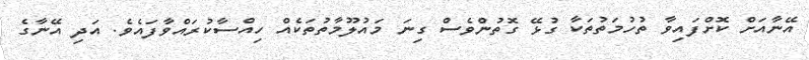
އޭނާއަށް ކޮށްފައިވާ ތުހުމަތުތަކާ ގުޅޭ ގޮތުންވެސް ގިނަ މައުލޫމާތުތަކެއް ހިއްސާކުރައްވާފައެވެ. އަދި އޭނާގެ